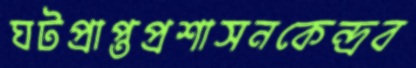
ঘটপ্রাপ্তপ্রশাসনকেন্দ্রব